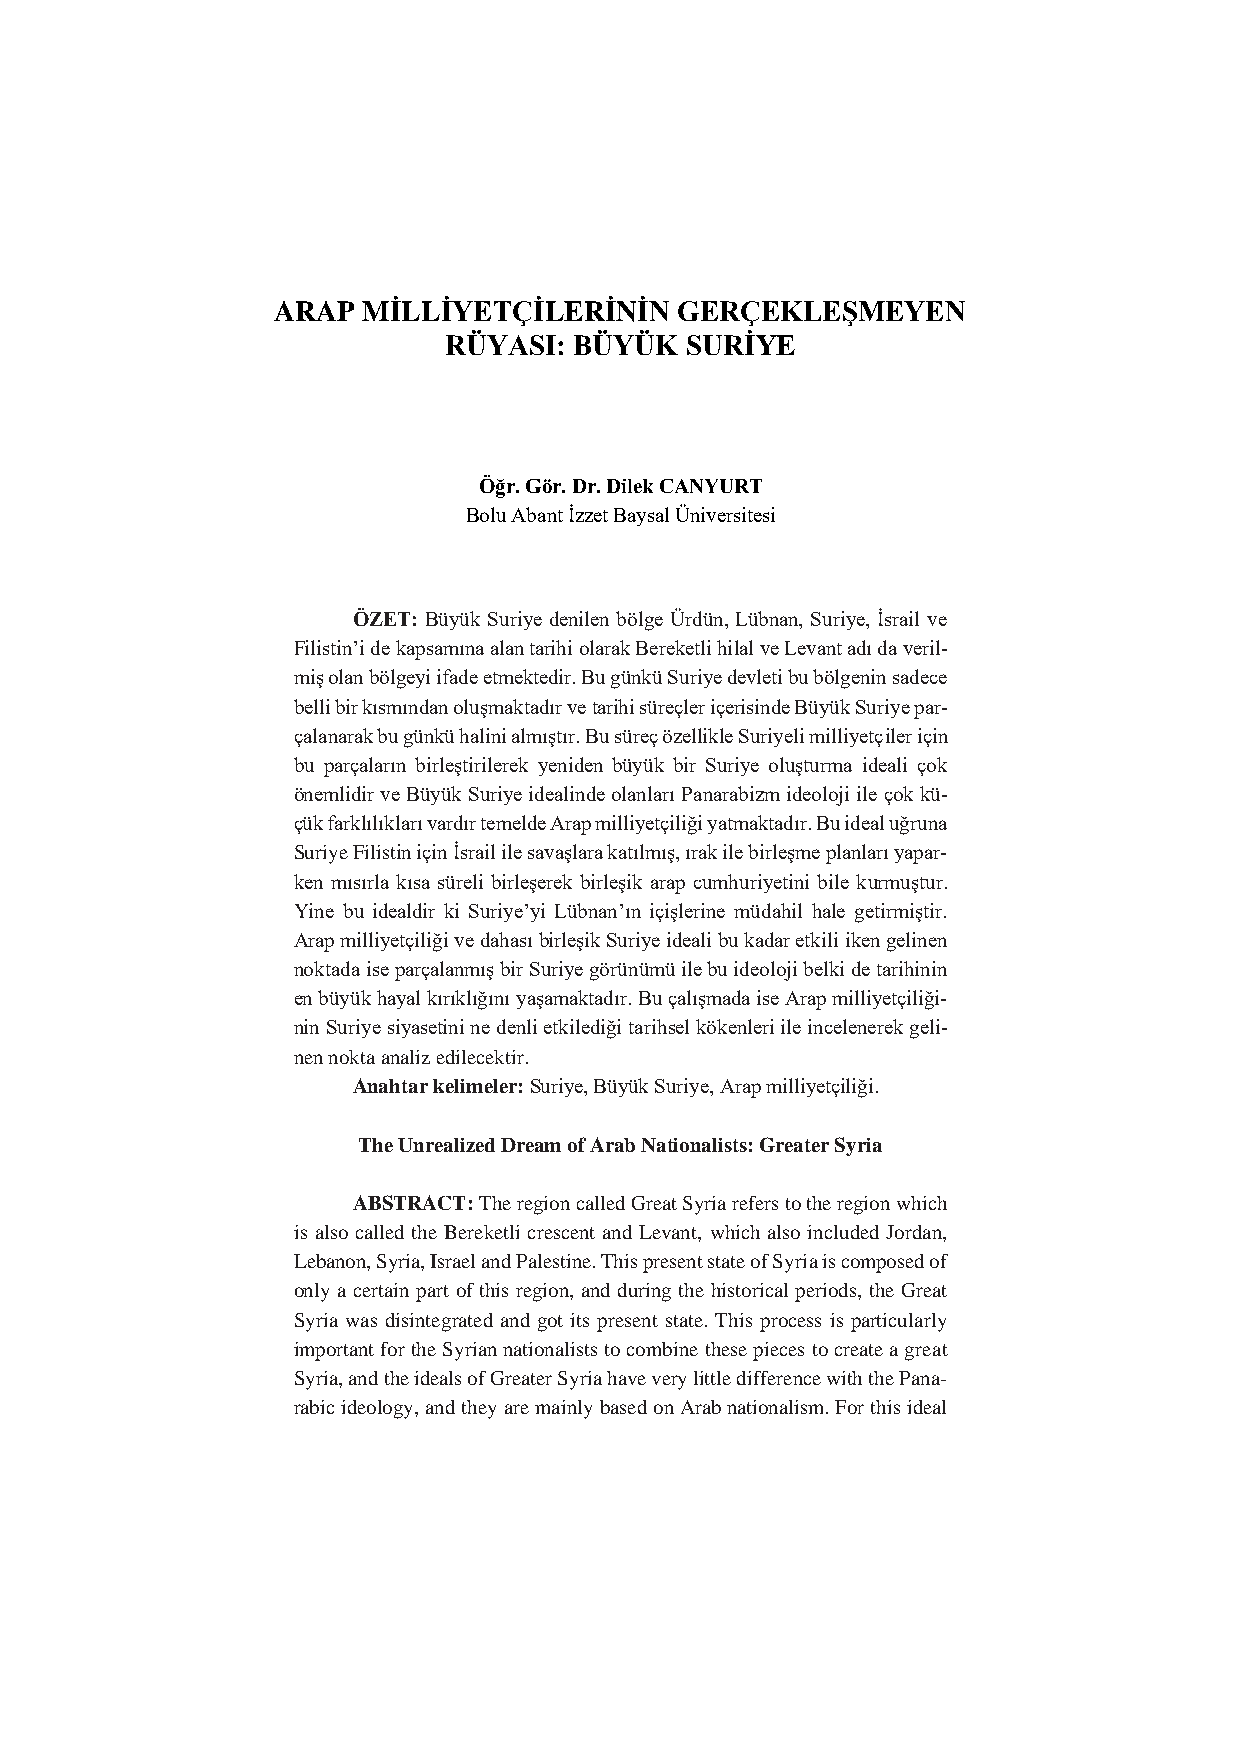
ARAP  MİLLİYETÇİLERİNİN    GERÇEKLEŞMEYEN
 RÜYASI:  BÜYÜK  SURİYE
 Öğr. Gör. Dr. Dilek CANYURT
 Bolu Abant İzzet Baysal Üniversitesi
 ÖZET: Büyük Suriye denilen bölge Ürdün, Lübnan, Suriye, İsrail ve
 Filistin’i de kapsamına alan tarihi olarak Bereketli hilal ve Levant adı da veril-
 miş olan bölgeyi ifade etmektedir. Bu günkü Suriye devleti bu bölgenin sadece
 belli bir kısmından oluşmaktadır ve tarihi süreçler içerisinde Büyük Suriye par-
 çalanarak bu günkü halini almıştır. Bu süreç özellikle Suriyeli milliyetçiler için
 bu parçaların birleştirilerek yeniden büyük bir Suriye oluşturma ideali çok
 önemlidir ve Büyük Suriye idealinde olanları Panarabizm ideoloji ile çok kü-
 çük farklılıkları vardır temelde Arap milliyetçiliği yatmaktadır. Bu ideal uğruna
 Suriye Filistin için İsrail ile savaşlara katılmış, ırak ile birleşme planları yapar-
 ken mısırla kısa süreli birleşerek birleşik arap cumhuriyetini bile kurmuştur.
 Yine bu idealdir ki Suriye’yi Lübnan’ın içişlerine müdahil hale getirmiştir.
 Arap milliyetçiliği ve dahası birleşik Suriye ideali bu kadar etkili iken gelinen
 noktada ise parçalanmış bir Suriye görünümü ile bu ideoloji belki de tarihinin
 en büyük hayal kırıklığını yaşamaktadır. Bu çalışmada ise Arap milliyetçiliği-
 nin Suriye siyasetini ne denli etkilediği tarihsel kökenleri ile incelenerek geli-
 nen nokta analiz edilecektir.
 Anahtar kelimeler: Suriye, Büyük Suriye, Arap milliyetçiliği.
 The Unrealized Dream of Arab Nationalists: Greater Syria
 ABSTRACT: The region called Great Syria refers to the region which
 is also called the Bereketli crescent and Levant, which also included Jordan,
 Lebanon, Syria, Israel and Palestine. This present state of Syria is composed of
 only a certain part of this region, and during the historical periods, the Great
 Syria was disintegrated and got its present state. This process is particularly
 important for the Syrian nationalists to combine these pieces to create a great
 Syria, and the ideals of Greater Syria have very little difference with the Pana-
 rabic ideology, and they are mainly based on Arab nationalism. For this ideal